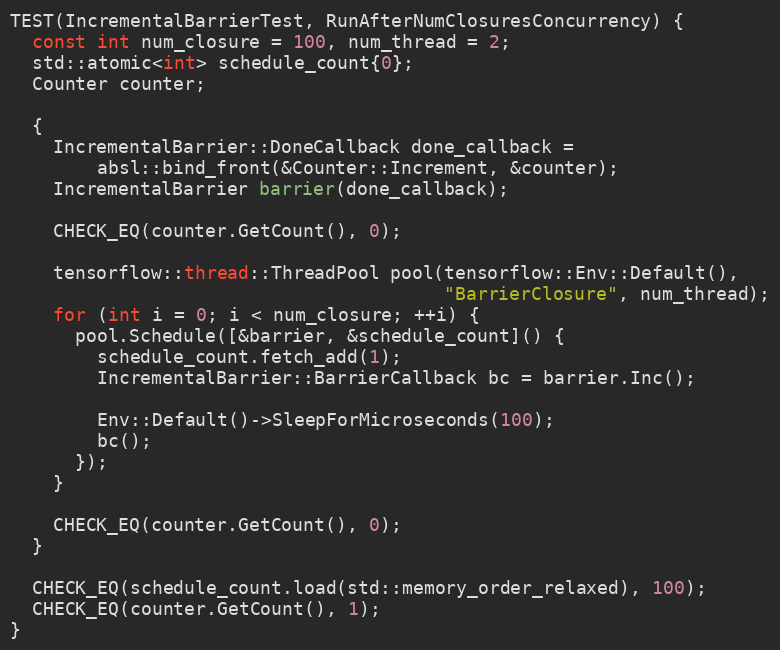
Language: C++
TEST(IncrementalBarrierTest, RunAfterNumClosuresConcurrency) {
  const int num_closure = 100, num_thread = 2;
  std::atomic<int> schedule_count{0};
  Counter counter;

  {
    IncrementalBarrier::DoneCallback done_callback =
        absl::bind_front(&Counter::Increment, &counter);
    IncrementalBarrier barrier(done_callback);

    CHECK_EQ(counter.GetCount(), 0);

    tensorflow::thread::ThreadPool pool(tensorflow::Env::Default(),
                                        "BarrierClosure", num_thread);
    for (int i = 0; i < num_closure; ++i) {
      pool.Schedule([&barrier, &schedule_count]() {
        schedule_count.fetch_add(1);
        IncrementalBarrier::BarrierCallback bc = barrier.Inc();

        Env::Default()->SleepForMicroseconds(100);
        bc();
      });
    }

    CHECK_EQ(counter.GetCount(), 0);
  }

  CHECK_EQ(schedule_count.load(std::memory_order_relaxed), 100);
  CHECK_EQ(counter.GetCount(), 1);
}